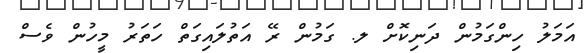
އަމަލު ހިންގަމުން ދަނިކޮށް ލ. ގަމުން ރޭ އަތުލައިގަތް ހަތަރު މީހުން ވެސް